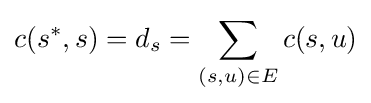
c(s^{*},s)=d_{s}=\sum _{(s,u)\in E}c(s,u)